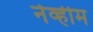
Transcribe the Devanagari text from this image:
नेव्हीम